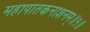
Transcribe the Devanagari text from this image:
महापातकनाशनम्‌॥१॥